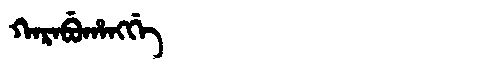
Manchu: ᡴᠠᡵᠠᠪᡠᡥᠠᠩᡤᡝ
Romanization: KARABUHANGGE